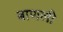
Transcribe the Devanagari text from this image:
बाणली